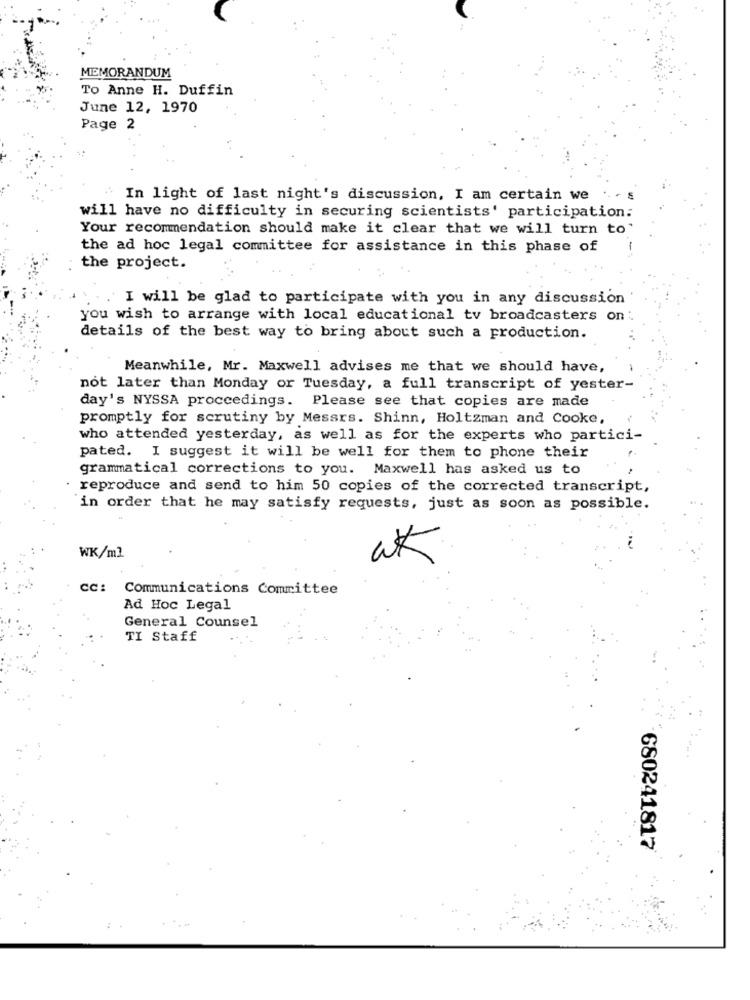
MEMORANDUM
To Anne H. Duffin
June 12, 1970
Page 2
In light of last night's discussion, I am certain we
...
will have no difficulty in securing scientists' participation.
Your recommendation should make it clear that we will turn to
the ad hoc legal committee for assistance in this phase of
the project.
I will be glad to participate with you in any discussion
you wish to arrange with local educational tv broadcasters on :
details of the best way to bring about such a production.
Meanwhile, Mr. Maxwell advises me that we should have,
not later than Monday or Tuesday, a full transcript of yester-
day's NYSSA proceedings. Please see that copies are made
promptly for scrutiny by Messrs. Shinn, Holtzman and Cooke,
who attended yesterday, as well as for the experts who partici-
pated. I suggest it will be well for them to phone their
grammatical corrections to you. Maxwell has asked us to
reproduce and send to him 50 copies of the corrected transcript,
in order that he may satisfy requests, just as soon as possible.
WK/ml
ak
CC:
Communications Committee
Ad Hoc Legal
General Counsel
TI Staff
680241817